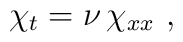
\chi_t = \nu \,\chi_{xx}\,\,,